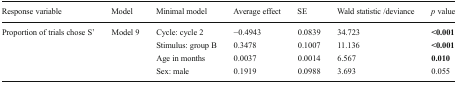
<table><thead><tr><td><b>Response variable</b></td><td><b>Model</b></td><td><b>Minimal model</b></td><td><b>Average effect</b></td><td><b>SE</b></td><td><b>Wald statistic /deviance</b></td><td><b><i>p</i> value</b></td></tr></thead><tbody><tr><td rowspan="4">Proportion of trials chose S’</td><td rowspan="4">Model 9</td><td>Cycle: cycle 2</td><td>−0.4943</td><td>0.0839</td><td>34.723</td><td><b>&lt;0.001</b></td></tr><tr><td>Stimulus: group B</td><td>0.3478</td><td>0.1007</td><td>11.136</td><td><b>&lt;0.001</b></td></tr><tr><td>Age in months</td><td>0.0037</td><td>0.0014</td><td>6.567</td><td><b>0.010</b></td></tr><tr><td>Sex: male</td><td>0.1919</td><td>0.0988</td><td>3.693</td><td>0.055</td></tr></tbody></table>